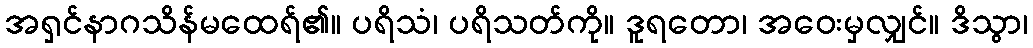
အရှင်နာဂသိန်မထေရ်၏။ ပရိသံ၊ ပရိသတ်ကို။ ဒူရတော၊ အဝေးမှလျှင်။ ဒိသွာ၊